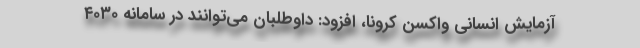
آزمایش انسانی واکسن کرونا، افزود: داوطلبان می‌توانند در سامانه ۴۰۳۰